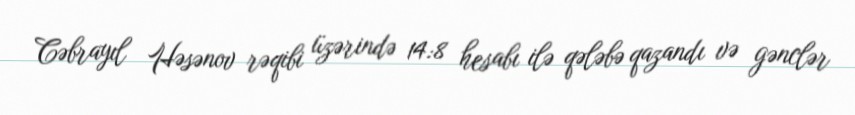
Cəbrayıl Həsənov rəqibi üzərində 14:8 hesabı ilə qələbə qazandı və gənclər